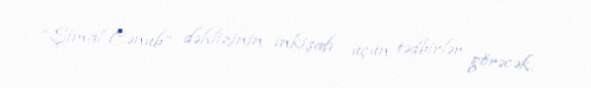
“Şimal-Cənub” dəhlizinin inkişafı üçün tədbirlər görəcək.